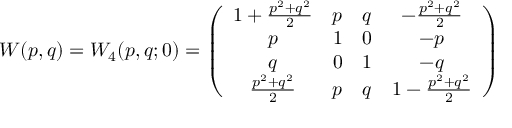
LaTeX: W ( p , q ) = W _ { 4 } ( p , q ; 0 ) = \left( \begin{array} { c c c c } { { 1 + \frac { p ^ { 2 } + q ^ { 2 } } { 2 } } } & { { p } } & { { q } } & { { - \frac { p ^ { 2 } + q ^ { 2 } } { 2 } } } \\ { { p } } & { { 1 } } & { { 0 } } & { { - p } } \\ { { q } } & { { 0 } } & { { 1 } } & { { - q } } \\ { { \frac { p ^ { 2 } + q ^ { 2 } } { 2 } } } & { { p } } & { { q } } & { { 1 - \frac { p ^ { 2 } + q ^ { 2 } } { 2 } } } \end{array} \right)